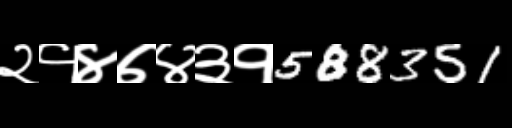
Text: २१४७४३१588351